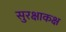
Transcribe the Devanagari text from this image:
सुरक्षाकक्ष